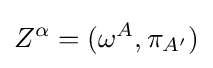
Z^{\alpha }=(\omega ^{A},\pi _{A'})